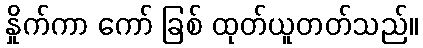
နှိုက်ကာ ကော် ခြစ် ထုတ်ယူတတ်သည်။